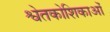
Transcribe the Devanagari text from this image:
श्वेतकोशिकाओं